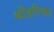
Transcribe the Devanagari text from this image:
श्रीहरिका